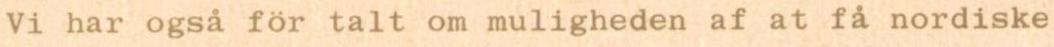
Vi har også för talt om muligheden af at få nordiske